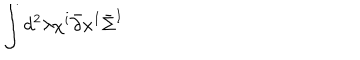
LaTeX: \int d ^ { 2 } \lambda \chi ^ { i } \bar { \partial } x ^ { I } \bar { \Sigma } ^ { I }